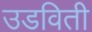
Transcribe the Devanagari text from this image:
उडविती